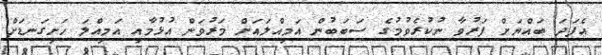
އެފަދަ ބައްޔަށް ފަރުވާ ނުކުރެވުމުގެ ސަބަބުން އަމިއްލައަށް މަރުވަން އުޅުމާއި އަމިއްލަ ހަށިގަނޑަށް